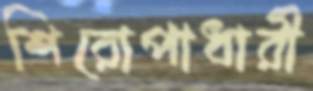
শিরোপাধারী